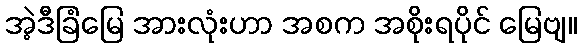
အဲ့ဒီခြံမြေ အားလုံးဟာ အစက အစိုးရပိုင် မြေဗျ။